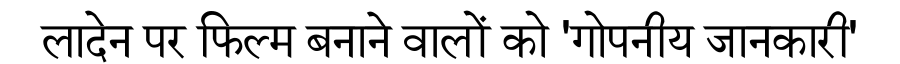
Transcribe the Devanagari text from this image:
लादेन पर फिल्म बनाने वालों को 'गोपनीय जानकारी'